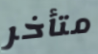
متأخر